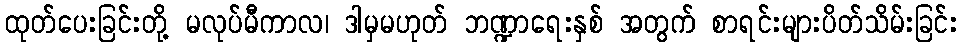
ထုတ်ပေးခြင်းတို့ မလုပ်မီကာလ၊ ဒါမှမဟုတ် ဘဏ္ဍာရေးနှစ် အတွက် စာရင်းများပိတ်သိမ်းခြင်း